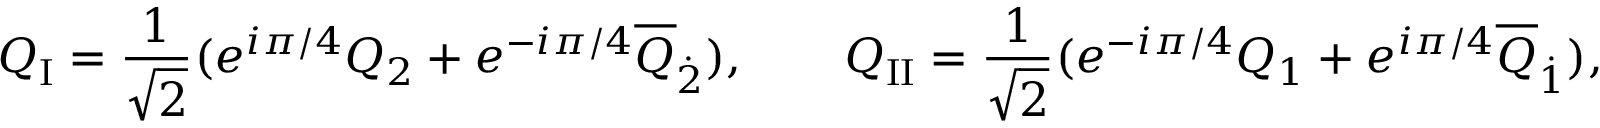
Q _ { \mathrm { I } } = \frac { 1 } { \sqrt { 2 } } ( e ^ { i \pi / 4 } Q _ { 2 } + e ^ { - i \pi / 4 } \overline { { { Q } } } _ { \dot { 2 } } ) , \qquad Q _ { \mathrm { I I } } = \frac { 1 } { \sqrt { 2 } } ( e ^ { - i \pi / 4 } Q _ { 1 } + e ^ { i \pi / 4 } \overline { { { Q } } } _ { \dot { 1 } } ) ,